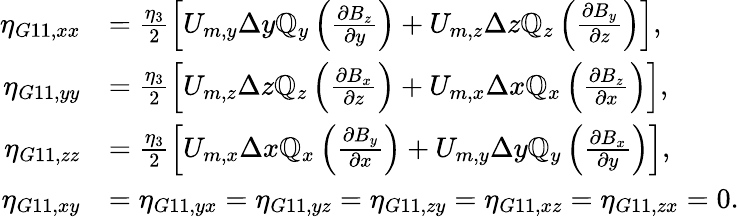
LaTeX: \begin{array}{rl}{\eta_{G11,xx}}&{=\frac{\eta_{3}}{2}\left[U_{m,y}\Delta y\mathbb{Q}_{y}\left(\frac{\partial B_{z}}{\partial y}\right)+U_{m,z}\Delta z\mathbb{Q}_{z}\left(\frac{\partial B_{y}}{\partial z}\right)\right],}\\ {\eta_{G11,yy}}&{=\frac{\eta_{3}}{2}\left[U_{m,z}\Delta z\mathbb{Q}_{z}\left(\frac{\partial B_{x}}{\partial z}\right)+U_{m,x}\Delta x\mathbb{Q}_{x}\left(\frac{\partial B_{z}}{\partial x}\right)\right],}\\ {\eta_{G11,zz}}&{=\frac{\eta_{3}}{2}\left[U_{m,x}\Delta x\mathbb{Q}_{x}\left(\frac{\partial B_{y}}{\partial x}\right)+U_{m,y}\Delta y\mathbb{Q}_{y}\left(\frac{\partial B_{x}}{\partial y}\right)\right],}\\ {\eta_{G11,xy}}&{=\eta_{G11,yx}=\eta_{G11,yz}=\eta_{G11,zy}=\eta_{G11,xz}=\eta_{G11,zx}=0.}\end{array}